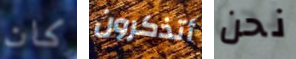
كان أتذكرون نحن